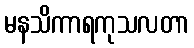
မနသိကာရကုသလတာ